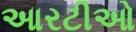
આરટીઓ